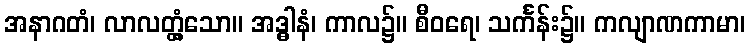
အနာဂတံ၊ လာလတ္တံ့သော။ အဒ္ဓါနံ၊ ကာလ၌။ စီဝရေ၊ သင်္ကန်း၌။ ကလျာဏကာမာ၊